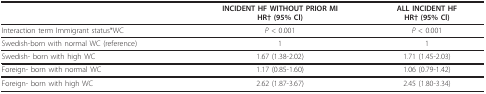
<table><thead><tr><td></td><td><b>INCIDENT HF WITHOUT PRIOR MIHR† (95% Cl)</b></td><td><b>ALL INCIDENT HFHR† (95% Cl)</b></td></tr></thead><tbody><tr><td>Interaction term Immigrant status*WC</td><td><i>P </i>&lt; 0.001</td><td><i>P </i>&lt; 0.001</td></tr><tr><td>Swedish-born with normal WC (reference)</td><td>1</td><td>1</td></tr><tr><td>Swedish- born with high WC</td><td>1.67 (1.38-2.02)</td><td>1.71 (1.45-2.03)</td></tr><tr><td>Foreign- born with normal WC</td><td>1.17 (0.85-1.60)</td><td>1.06 (0.79-1.42)</td></tr><tr><td>Foreign- born with high WC</td><td>2.62 (1.87-3.67)</td><td>2.45 (1.80-3.34)</td></tr></tbody></table>